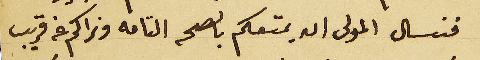
فنسال المولى ان يمتعكم بالصحه التامه ونراكم عن قريب